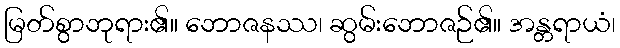
မြတ်စွာဘုရား၏။ ဘောဇနဿ၊ ဆွမ်းဘောဇဉ်၏။ အန္တရာယံ၊